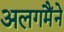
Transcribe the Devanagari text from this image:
अलगमैंने